Leaving Certificate Examination, 1914
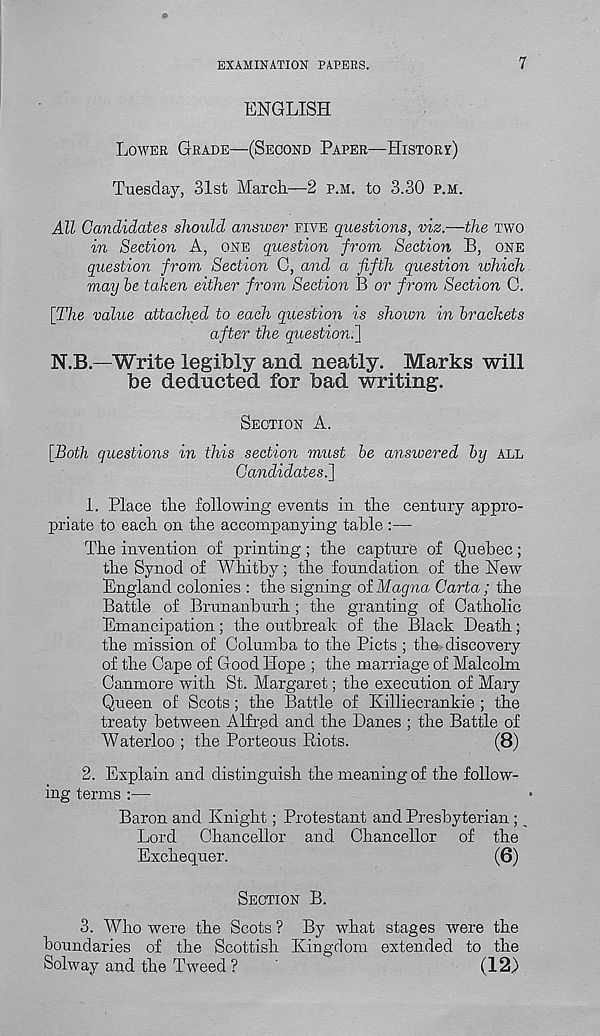
EXAMINATION PAPERS.
7
ENGLISH
LOWER GRADE—(SECOND PAPER—HISTORY)
Tuesday, 31st March.—2 P.M. to 3.30 P.M.
All Candidates should answer FIVE questions, viz.—the TWO
in Section A, ONE question from Section B, ONE
question from Section C, and a fifth question which
may he taken either from Section B or from Section C.
[The value attached to each question is shown in brackets
after the question.}
N.B.—Write legibly and neatly. Marks will
be deducted for bad writing.
SECTION A.
[Both questions in this section must be answered by ALL
Candidates.}
1. Place the following events in the century appro-
priate to each on the accompanying table :—
The invention of printing; the capture of Quebec;
the Synod of Whitby; the foundation of the New
England colonies : the signing of Magna Carta; the
Battle of Brunanburh ; the granting of Catholic
Emancipation; the outbreak of the Black Death;
the mission of Columba to the Piets ; the discovery
of the Cape of G ood Hope ; the marriage of Malcolm
Canmore with St. Margaret; the execution of Mary
Queen of Scots ; the Battle of Killiecrankie ; the
treaty between Alfred and the Danes ; the Battle of
Waterloo ; the Porteous Riots.
(8)
2. Explain and distinguish the meaning of the follow-
ing terms :—
Baron and Knight; Protestant and Presbyterian ; _
Lord Chancellor and Chancellor of the
Exchequer.
(6)
SECTION B.
3. Who were the Scots ? By what stages were the
boundaries of the Scottish Kingdom extended to the
Solway and the Tw r eed ?
(12)